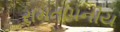
રામતાપનીય